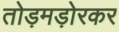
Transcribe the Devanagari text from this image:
तोड़मड़ोरकर